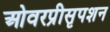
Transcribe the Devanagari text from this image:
ओवरप्रीसृपशन